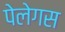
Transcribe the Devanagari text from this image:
पेलेगस